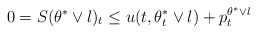
\begin{align*}0=S(\theta^* \vee l)_t \leq u(t,\theta_t^*\vee l)+p_t^{\theta^*\vee l} \end{align*}